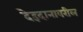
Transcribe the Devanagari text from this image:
देहदानावरील